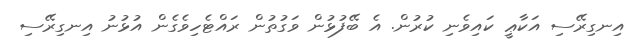
އިނގިރޭސި އަކާޢީ ކައިވެނި ކުރުން. އެ ބޭފުޅުން ވަގުތުން ރައްޓެހިވެގެން އުޅުނު އިނގިރޭސި